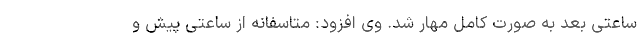
ساعتی بعد به صورت کامل مهار شد. وی افزود: متاسفانه از ساعتی پیش و